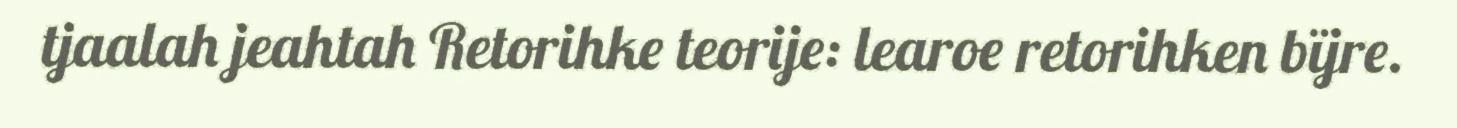
tjaalah jeahtah Retorihke teorije: learoe retorihken bïjre.